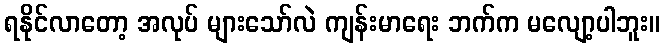
ရနိုင်လာတော့ အလုပ် များသော်လဲ ကျန်းမာရေး ဘက်က မလျော့ပါဘူး။